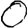
Digit: 0